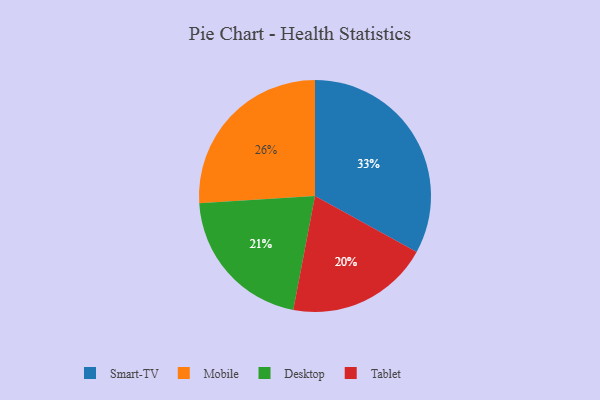
{"axis": {"x": "Category", "y": "Percentage"}, "legend": ["Desktop", "Mobile", "Smart-TV", "Tablet"], "data": [{"x": "Desktop", "y": 21, "type": "Desktop"}, {"x": "Tablet", "y": 20, "type": "Tablet"}, {"x": "Smart-TV", "y": 33, "type": "Smart-TV"}, {"x": "Mobile", "y": 26, "type": "Mobile"}]}